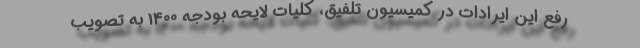
رفع این ایرادات در کمیسیون تلفیق، کلیات لایحه بودجه 1400 به تصویب